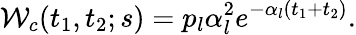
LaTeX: {\cal W}_{c}(t_{1},t_{2};s)=p_{l}\alpha_{l}^{2}e^{-\alpha_{l}(t_{1}+t_{2})}.